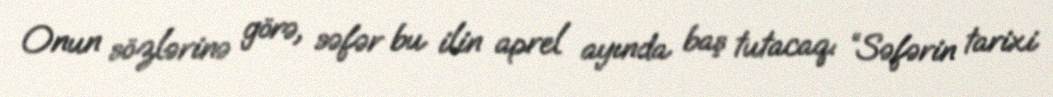
Onun sözlərinə görə, səfər bu ilin aprel ayında baş tutacaq: “Səfərin tarixi